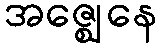
အဇ္ဈေနေ